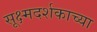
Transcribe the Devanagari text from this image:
सूक्ष्मदर्शकाच्या